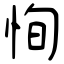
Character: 恂